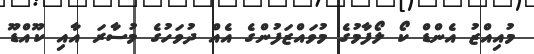
މުއިއްޒު އެންޑް ކޯ ލޯފާމުގެ މުވައްޒަފުންގެ އެއް ދުވަހުގެ މުސާރަ އާއި ކޫއްޑޫ